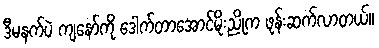
ဒီမနက်ပဲ ကျနော်ကို ဒေါက်တာအောင်မိုးညိုက ဖုန်းဆက်လာတယ်။